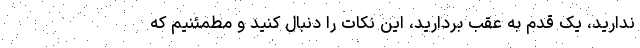
ندارید، یک قدم به عقب بردارید، این نکات را دنبال کنید و مطمئنیم که